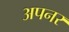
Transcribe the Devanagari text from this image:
अपनर